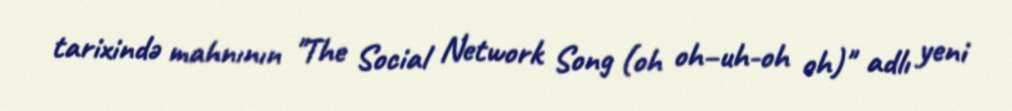
tarixində mahnının "The Social Network Song (oh oh–uh-oh oh)" adlı yeni